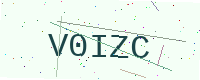
Text: V0IZC